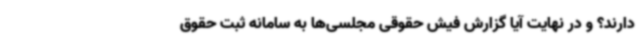
دارند؟ و در نهایت آیا گزارش فیش حقوقی مجلسی‌ها به سامانه ثبت حقوق